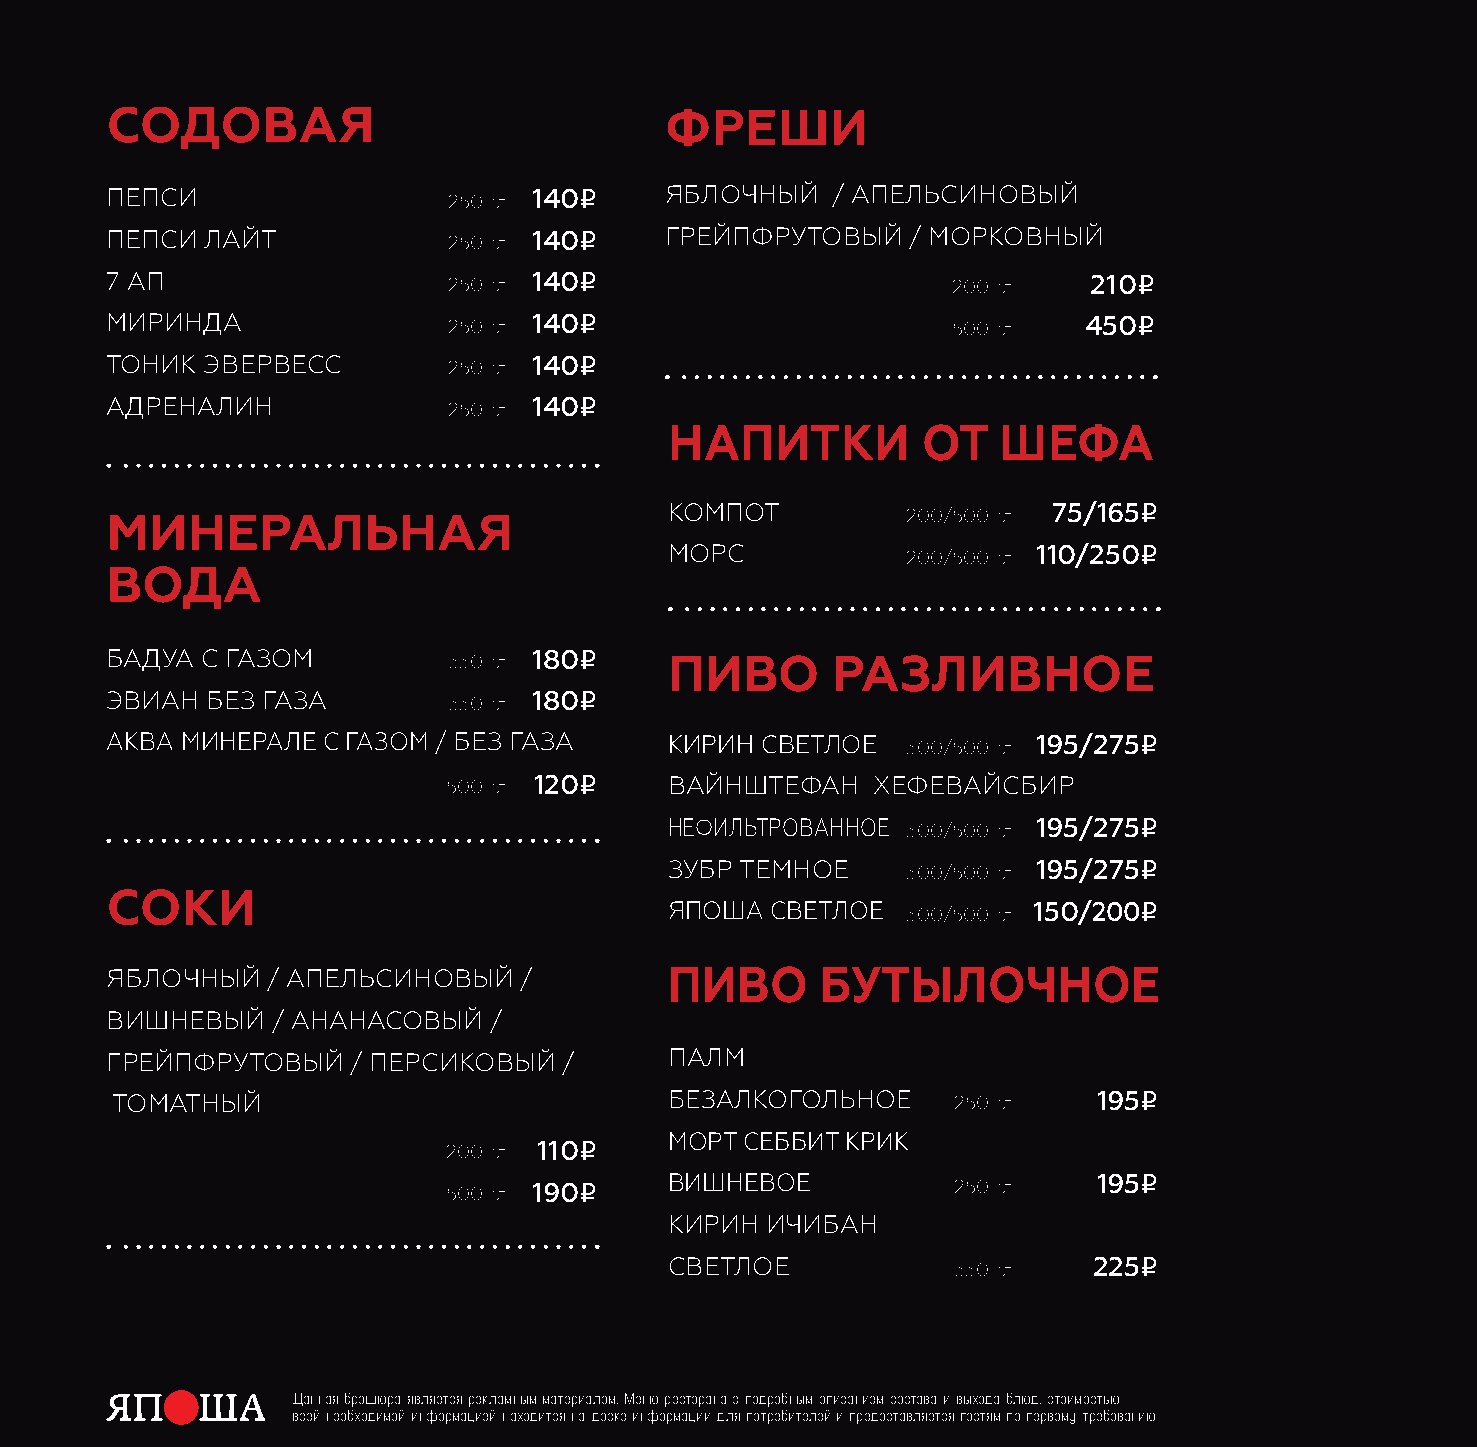
содоваЯ                              фреШи
 пепси                  250мл 140i    яблочный   / апельсиновый
 пепси  лайт            250мл 140i    грейпфрутовый   / морковный
 7 ап                   250мл 140i                       200мл    210i
 миринда                250мл 140i                       500мл    450i
 тоник эвервесс         250мл 140i
 адреналин              250мл 140i
 наПитки          от   Шефа
 минеральнаЯ                          компот          200/500мл 75/165i
 морс            200/500мл 110/250i
 вода
 бадуа с газом          330мл 180i    Пиво       разливное
 эвиан  без газа        330мл 180i
 аква минерале с газом / без газа     кирин светлое   300/500мл 195/275i
 500мл
 120i
 вайнштефан    хефевайсбир
 нефильтрованное 300/500мл 195/275i
 зубр темное     300/500мл 195/275i
 соки
 япоша  светлое  300/500мл 150/200i
 яблочный   / апельсиновый  /         Пиво      БУтылочное
 вишневый   / ананасовый  /
 грейпфрутовый   / персиковый  /      палм
 томатный                             безалкогольное     250мл     195i
 200мл
 110i    морт сeббит крик
 500мл
 190i     вишневое           250мл     195i
 кирин  ичибан
 светлое            330мл    225i
 Данная брошюра является рекламным материалом. Меню ресторана с подробным описанием состава и выхода блюд, стоимостью
 всей необходимой информацией находится на доске информации для потребителей и предоставляется гостям по первому требованию